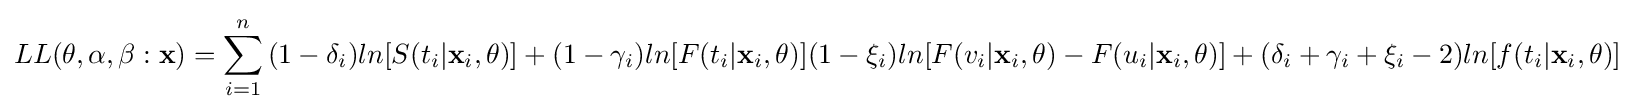
LL(\mathbf {\theta } ,\alpha ,\beta :{\mathbf {x} })=\sum _{i=1}^{n}{(1-\delta _{i})ln{[S(t_{i}|\mathbf {x} _{i},\mathbf {\theta } )]}+(1-\gamma _{i})ln{[F(t_{i}|\mathbf {x} _{i},\mathbf {\theta } )]}(1-\xi _{i})ln{[F(v_{i}|\mathbf {x} _{i},\mathbf {\theta } )-F(u_{i}|\mathbf {x} _{i},\mathbf {\theta } )]}+(\delta _{i}+\gamma _{i}+\xi _{i}-2)ln{[f(t_{i}|\mathbf {x} _{i},\mathbf {\theta } )]}}